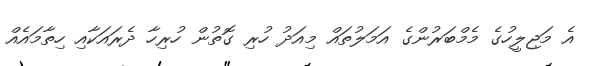
އެ މަޖިލީހުގެ މެމްބަރުންގެ އަމަލުތައް މިއަދު ހުރި ގޮތުން ހުރިހާ ދެރައަކާއި ހިތާމައެއް